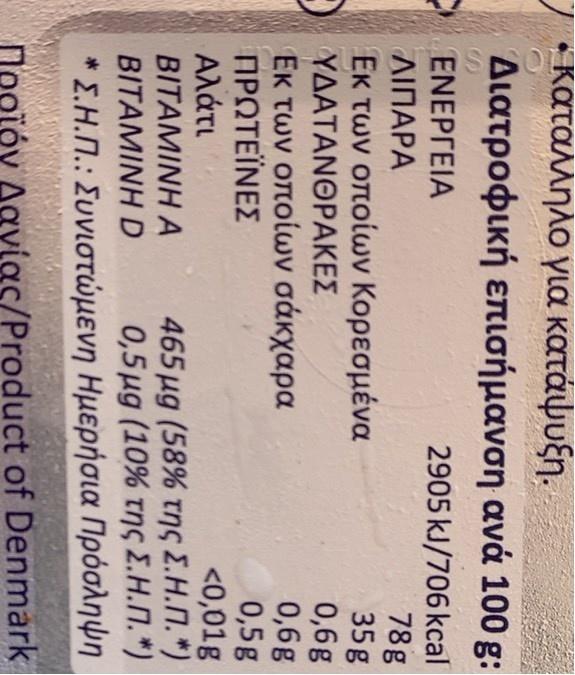
Jκαταλληλο για κατάψυξη. Διατροφική επισήμανση ανά 100 g:
2905 kJ/706 kcal 78g 35g 0,6g 0,6g 0,5g <0,01g
EΝΕΡΓΕΙΑ
ΛΙΠΑΡΑ
Εκ των οποίων Κορεσμένα
ΥΔΑΤΑΝΘΡΑΚΕΣ
Εκ των οποίων σάκχαρα ΠΡΩΤΕΪΝΕΣ Αλάτι ΒΙΤΑΜΙΝΗ Α ΒΙΤΑΜΙΝΗ D
465μg (58% της ΣΗ.Π.") 0,5μg (10% της ΣΗ.Π. ")
* ΣΗ.Π.: Συνιστμενη Ημερήσια Πρόσληψη
Προϊόν Δανίας/Product of Denmark